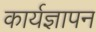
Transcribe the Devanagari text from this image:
कार्यज्ञापन